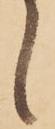
候